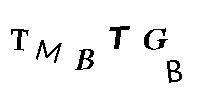
TMBTGB